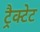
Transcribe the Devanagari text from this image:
ट्रैक्टेट